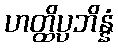
ဟတ္ထိပ္ပဘိန္နံ